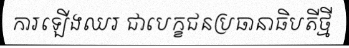
ការឡើងឈរ ជាបេក្ខជនប្រធានាធិបតីថ្មី